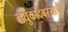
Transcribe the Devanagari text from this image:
लघुकादंबऱ्यांची